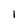
Character: 1